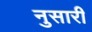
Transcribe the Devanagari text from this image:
नुसारी